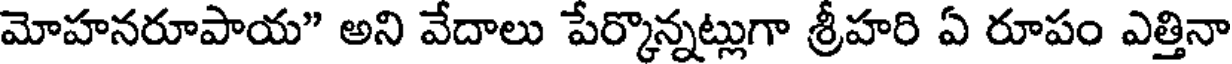
మోహనరూపాయ" అని వేదాలు పేర్కొన్నట్లుగా శ్రీహరి ఏ రూపం ఎత్తినా